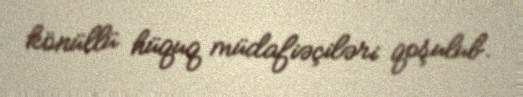
könüllü hüquq müdafiəçiləri qoşulub.